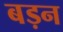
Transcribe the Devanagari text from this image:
बड़न